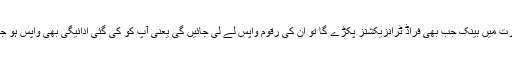
اس صورت میں بینک جب بھی فراڈ ٹرانزیکشنز پکڑے گا تو ان کی رقوم واپس لے لی جائیں گی یعنی آپ کو کی گئی ادائیگی بھی واپس ہو جائے گی۔